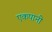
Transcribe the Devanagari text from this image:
एकपानी